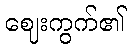
ဈေးကွက်၏